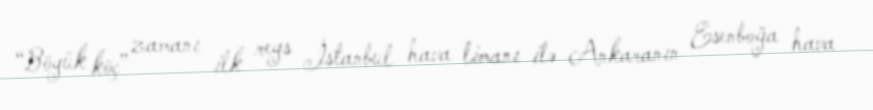
“Böyük köç” zamanı ilk reys İstanbul hava limanı ilə Ankaranın Esenboğa hava